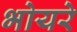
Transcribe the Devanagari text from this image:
भोयरे